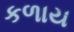
કળાય